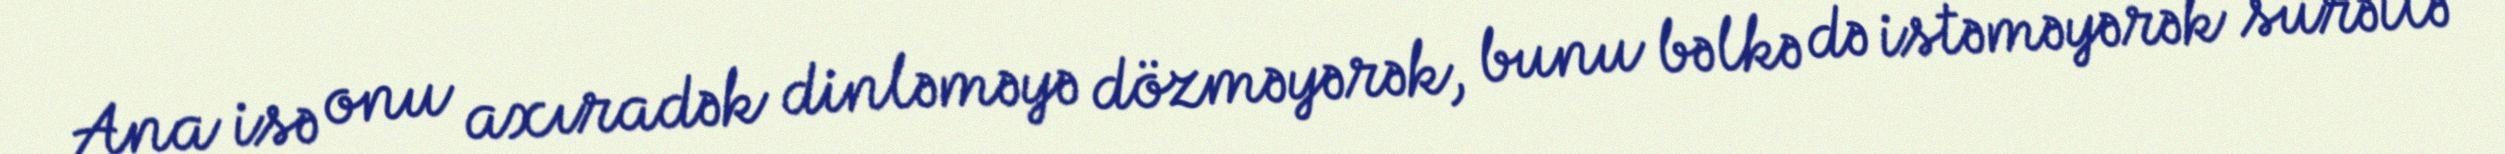
Ana isə onu axıradək dinləməyə dözməyərək, bunu bəlkə də istəməyərək sürətlə